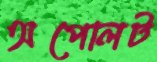
অপোলট